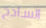
الساذج